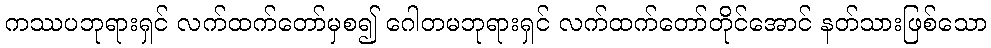
ကဿပဘုရားရှင် လက်ထက်တော်မှစ၍ ဂေါတမဘုရားရှင် လက်ထက်တော်တိုင်အောင် နတ်သားဖြစ်သော